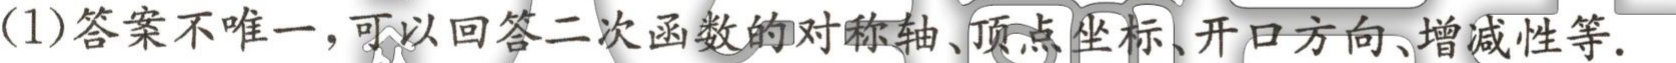
(1)答案不唯一，可以回答二次函数的对称轴、顶点坐标、开口方向、增减性等.